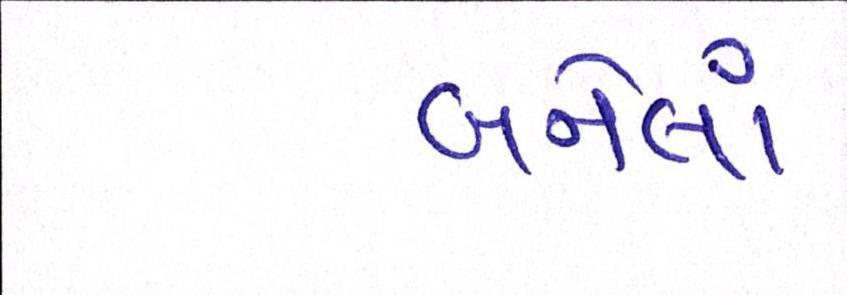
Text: બનેલાં